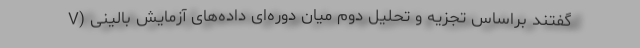
V) گفتند براساس تجزیه و تحلیل دوم میان دوره‌ای داده‌های آزمایش بالینی